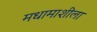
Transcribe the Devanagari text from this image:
मधामाशीला